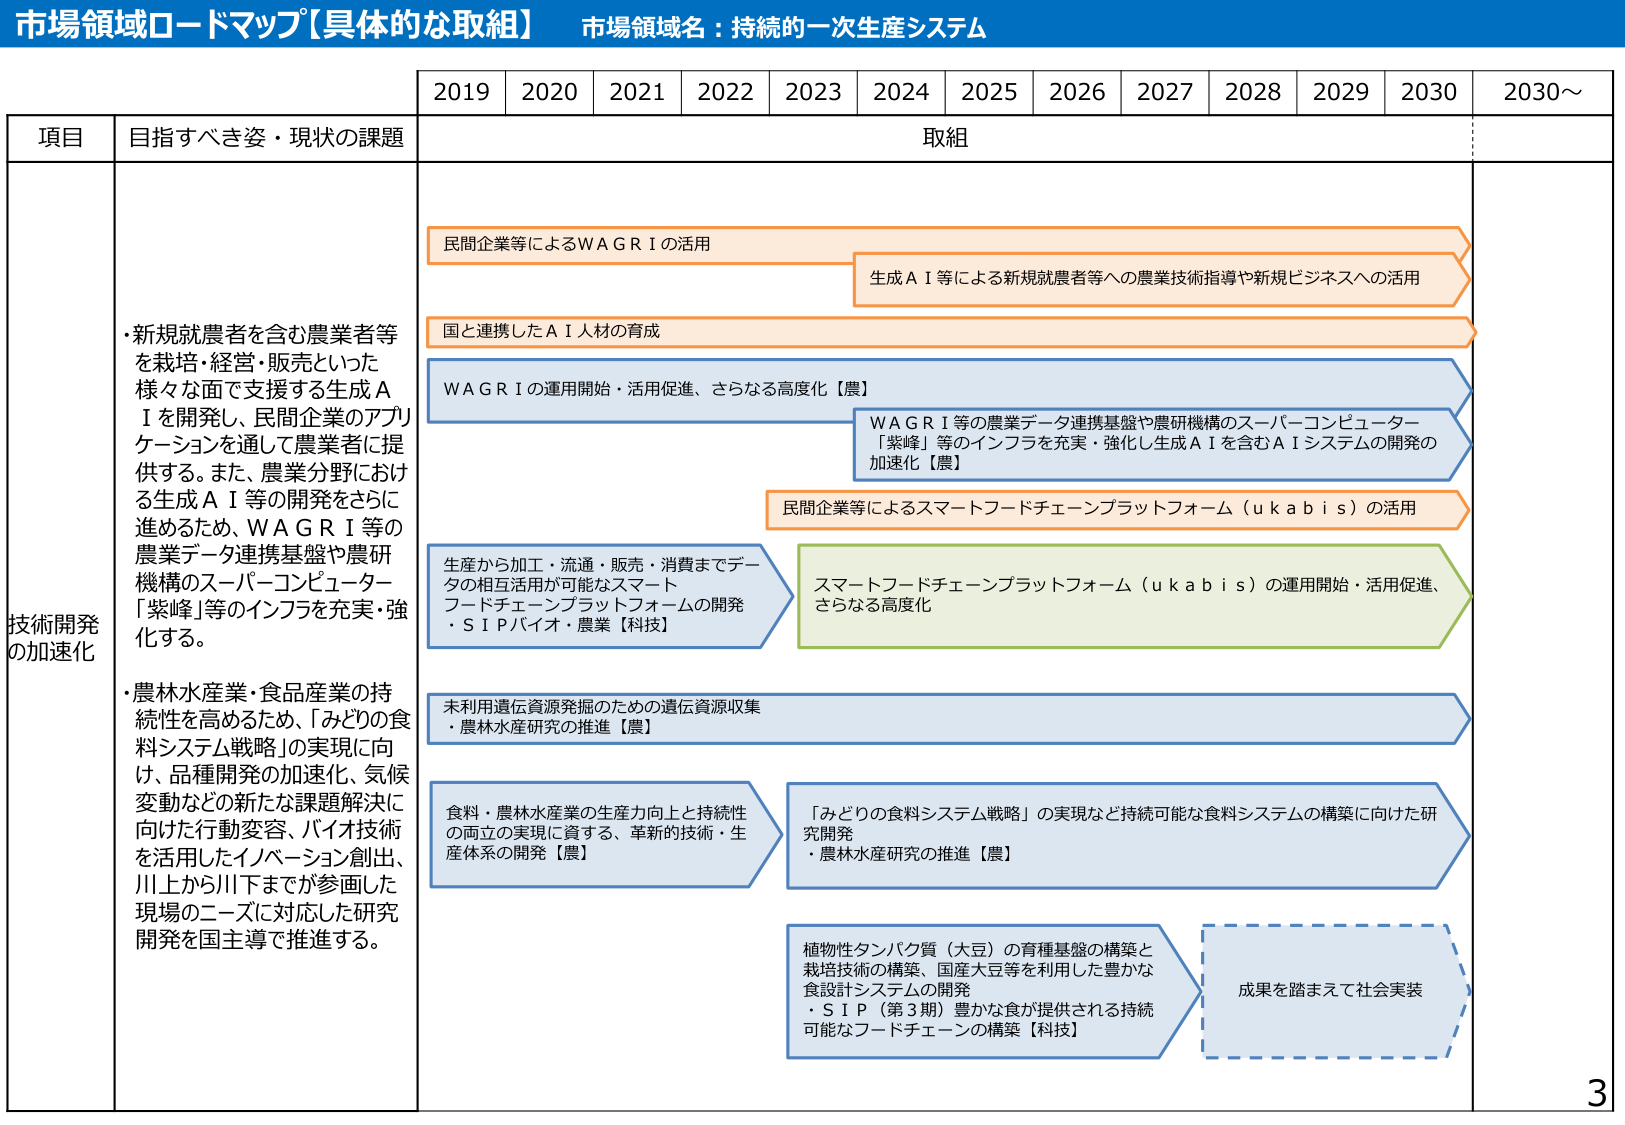
市場領域ロードマップ【具体的な取組】 市場領域名：持続的⼀次⽣産システム

2019 2020 2021 2022 2023 2024 2025 2026 2027 2028 2029 2030 2030～

項⽬ ⽬指すべき姿・現状の課題 取組

技術開発 の加速化
・新規就農者を含む農業者等 を栽培・経営・販売といった 様々な⾯で⽀援する⽣成Ａ Ｉを開発し、⺠間企業のアプリ ケーションを通じて農業者に提 供する。また、農業分野におけ る⽣成ＡＩ等の開発をさらに 進めるため、ＷＡＧＲＩ等の 農業データ連携基盤や農研 機構のスーパーコンピューター 「紫峰」等のインフラを充実・強 化する。
・農林⽔産業・⾷品産業の持 続性を⾼めるため、「みどりの⾷ 料システム戦略」の実現に向 け、品種開発の加速化、気候 変動などの新たな課題解決に 向けた⾏動変容、バイオ技術 を活⽤したイノベーション創出、 川上から川下までが参画した 現場のニーズに対応した研究 開発を国主導で推進する。

⺠間企業等によるＷＡＧＲＩの活⽤
⽣成ＡＩ等による新規就農者等への農業技術指導や新規ビジネスへの活⽤
国と連携したＡＩ⼈材の育成
ＷＡＧＲＩの運⽤開始・活⽤促進、さらなる⾼度化【農】
ＷＡＧＲＩ等の農業データ連携基盤や農研機構のスーパーコンピューター 「紫峰」等のインフラを充実・強化し⽣成ＡＩを含むＡＩシステムの開発の 加速化【農】
⺠間企業等によるスマートフードチェーンプラットフォーム（ｕｋａｂｉｓ）の活⽤
⽣産から加⼯・流通・販売・消費までデータの相互活⽤が可能なスマート フードチェーンプラットフォームの開発 ・ＳＩＰバイオ・農業【科技】
スマートフードチェーンプラットフォーム（ｕｋａｂｉｓ）の運⽤開始・活⽤促進、 さらなる⾼度化
未利⽤遺伝資源発掘のための遺伝資源収集 ・農林⽔産研究の推進【農】
⾷料・農林⽔産業の⽣産⼒向上と持続性 の両⽴の実現に資する、⾰新的技術・⽣ 産体系の開発【農】
「みどりの⾷料システム戦略」の実現など持続可能な⾷料システムの構築に向けた研 究開発 ・農林⽔産研究の推進【農】
植物性タンパク質（⼤⾖）の育種基盤の構築と 栽培技術の構築、国産⼤⾖等を利⽤した豊かな ⾷設計システムの開発 ・ＳＩＰ（第３期）豊かな⾷が提供される持続 可能なフードチェーンの構築【科技】
成果を踏まえて社会実装

3